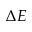
\Delta E